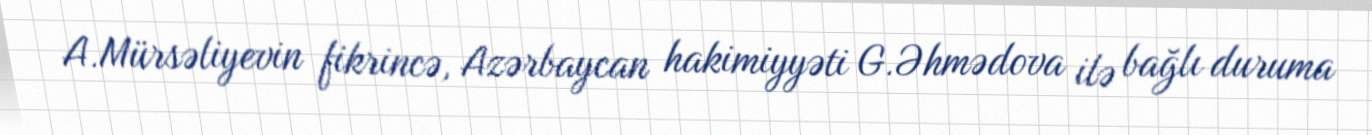
A.Mürsəliyevin fikrincə, Azərbaycan hakimiyyəti G.Əhmədova ilə bağlı duruma